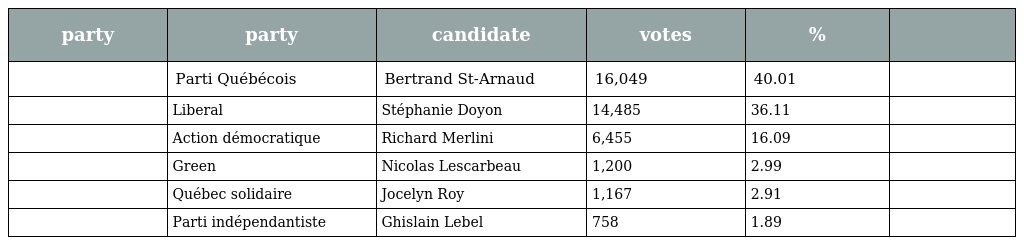
| party | party | candidate | votes | % |  |
 | --- | --- | --- | --- | --- | --- |
 |  | Parti Québécois | Bertrand St-Arnaud | 16,049 | 40.01 |  |
 |  | Liberal | Stéphanie Doyon | 14,485 | 36.11 |  |
 |  | Action démocratique | Richard Merlini | 6,455 | 16.09 |  |
 |  | Green | Nicolas Lescarbeau | 1,200 | 2.99 |  |
 |  | Québec solidaire | Jocelyn Roy | 1,167 | 2.91 |  |
 |  | Parti indépendantiste | Ghislain Lebel | 758 | 1.89 |  |